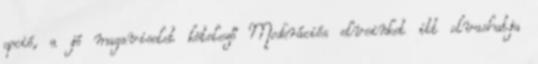
opció, a jó magaviselet kötelező Moderációs elveinket itt olvashatja